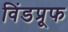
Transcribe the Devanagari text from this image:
विंडप्रूफ